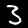
Digit: 3